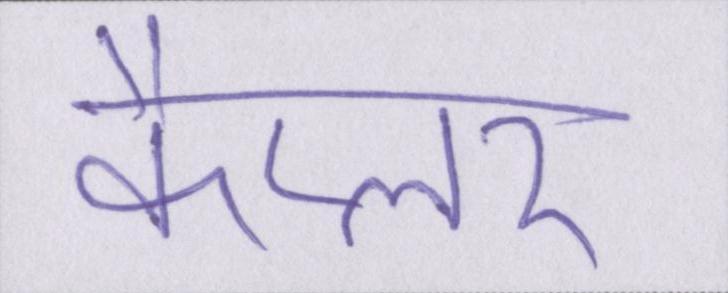
कैप्लर